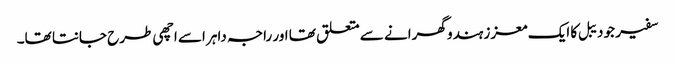
سفیر جو دیبل کا ایک معزز ہندو گھرانے سے متعلق تھا اور راجہ داہر اسے اچھی طرح جانتا تھا۔